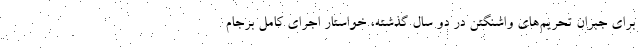
برای جبران تحریم‌های واشنگتن در دو سال گذشته، خواستار اجرای کامل برجام